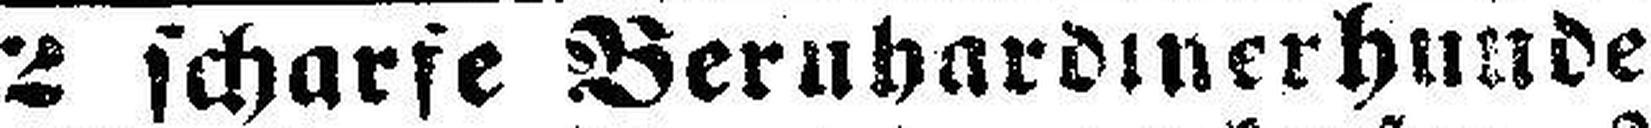
2 scharfe Bernhardinerhunde